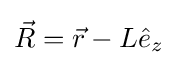
{\vec {R}}={\vec {r}}-L{\hat {e}}_{z}